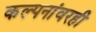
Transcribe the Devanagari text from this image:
कल्पनांवरही